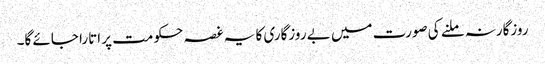
روزگارنہ ملنے کی صورت میں بے روزگاری کا یہ غصہ حکومت پر اتارا جائے گا۔